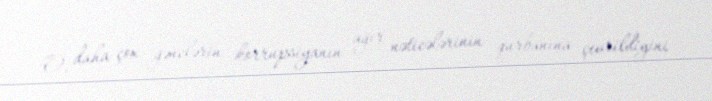
O, daha çox gənclərin korrupsiyanın ağır nəticələrinin qurbanına çevrildiyini